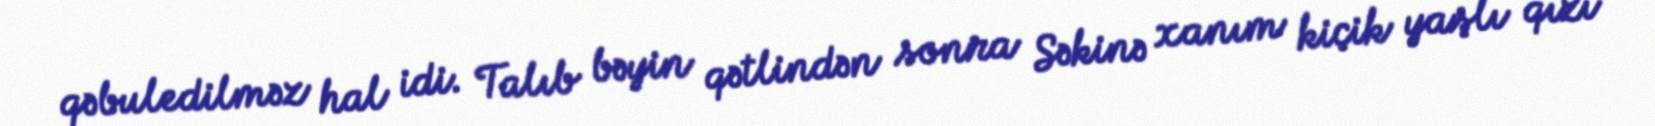
qəbuledilməz hal idi. Talıb bəyin qətlindən sonra Səkinə xanım kiçik yaşlı qızı